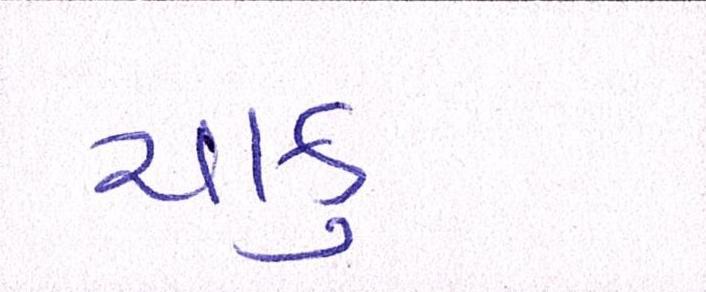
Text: ચાકુ